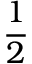
\frac { 1 } { 2 }